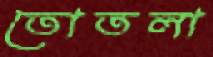
তোতলা